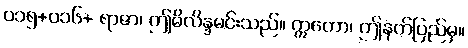
၀၁၅+၀၁၆+ ရာဇာ၊ ဤမိလိန္ဒမင်းသည်။ ဣတော၊ ဤနတ်ပြည်မှ။